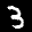
Label: 3